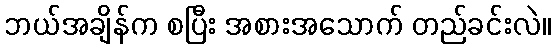
ဘယ်အချိန်က စပြီး အစားအသောက် တည်ခင်းလဲ။